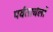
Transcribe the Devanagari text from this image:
पर्वताचंलों